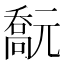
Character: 𠿻